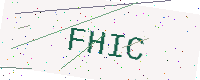
Text: FHIC